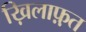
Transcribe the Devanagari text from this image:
ख़िलाफ़़त